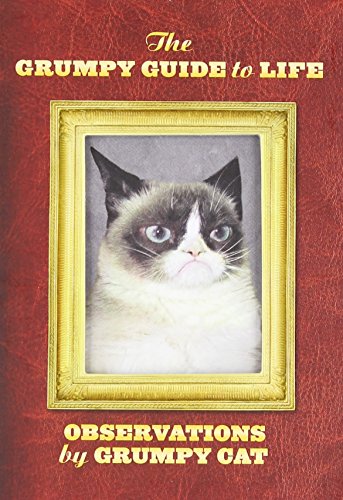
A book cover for The Grumpy Guide to Life: Observations from Grumpy Cat; Grumpy Cat; Humor & Entertainment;